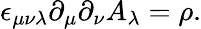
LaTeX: \epsilon_{\mu\nu\lambda}\partial_{\mu}\partial_{\nu}A_{\lambda}=\rho.